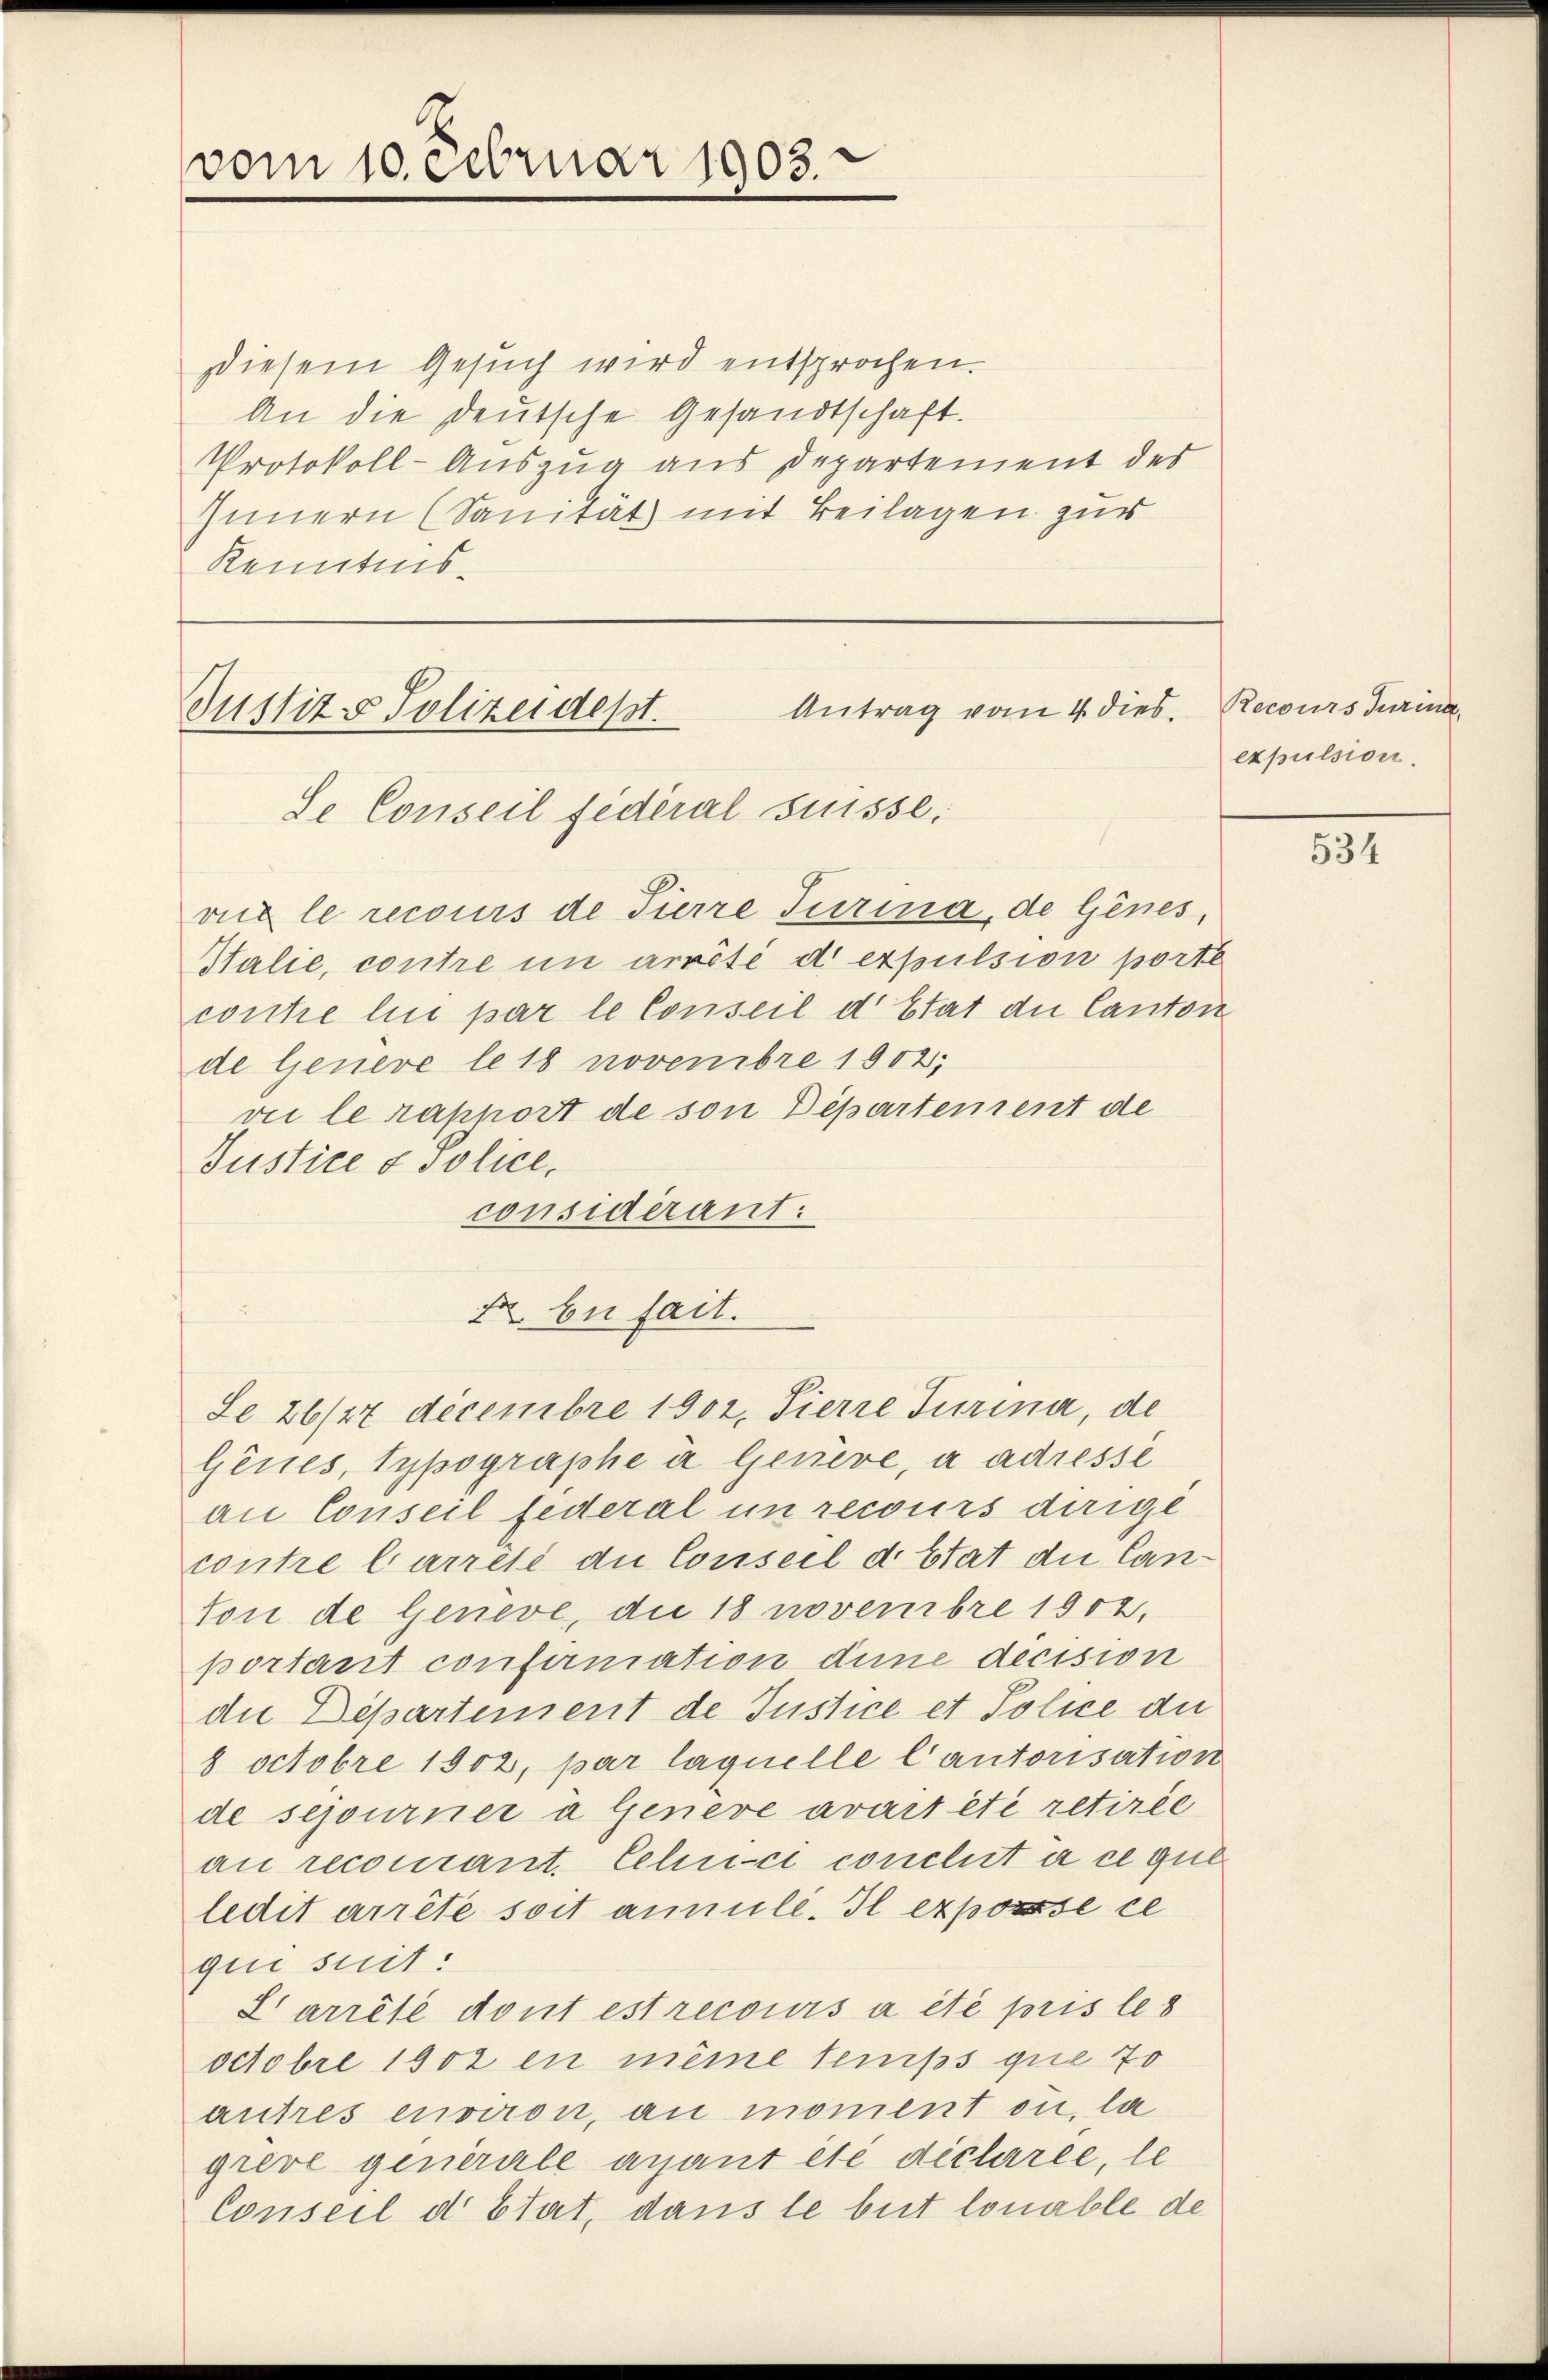
vom 10.Februar 1903.

Diesem Gesuch wird entsprochen.
An die Deutsche Gesandtschaft.
Protokoll-Auszug aus Departement der
Innern (Sanität mit Beilagen zur
Kenntnis¬

Antrag vom 4. dies. Recours Turina,
Justiz & Polizeidept.
Se Conseil fédéral Suisse:

vie le recours de Tierre Turina, de Genes,
Htalie, contre in arrêté de expulsion porte
conte lini par le Conseil d’Etat die Canton
de Genere le 18 novembre 1902;
zue le rapport de son Departensent de
Justice & Police,
considérant:
22 bei fait.
Se 26/27 Decembre 1902, Tierre Turina, de
Genes, Typographe in Genève, à adressé
an Conseil federal in recours dirige
contre barreté du Conseil d. Stat die Can¬
Von de Geneve, die 18 novembre 1902,
portant confirmation dene decision
die Departement de Justice et Police du
8 Octobre 1902, par laquelle Cautorisation
de sejourner a Geneve avait été retirée
an recourant. Celnci conclut à ce que
ledit arrête soit annule. Il exposse ce
qui suit:
L’arrêté dont est recours à été pris le 8
Octobre 1902 in même temps que 70
autres environ, au moment ou la
greve generale avant été déclarée, le
Conseil di Etat, dans le beit lonable de

expulsion.

534